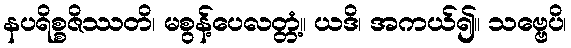
နပရိစ္စဇိဿတိ၊ မစွန့်ပေလတ္တံ့။ ယဒိ၊ အကယ်၍။ သဗ္ဗေပိ၊